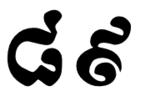
៨៩